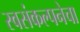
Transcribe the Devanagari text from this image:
स्वसंकल्पनेचा